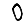
Digit: 0